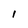
Character: l